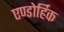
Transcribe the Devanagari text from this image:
एण्डोर्हिक